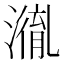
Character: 𭲤